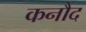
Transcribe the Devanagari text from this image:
कनौद